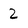
Character: 2